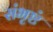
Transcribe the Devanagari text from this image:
संभृष्टं